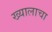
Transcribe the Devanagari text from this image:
ख्यालाचा